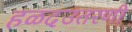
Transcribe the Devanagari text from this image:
हळदउतरणी